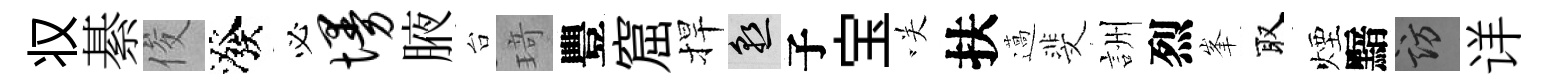
𠬧綦俊潑必墁腋台𤦺豐窟捍熟子宝咲扶薖斐詶烈峯取煙黯訪详